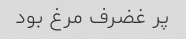
پر غضرف مرغ بود